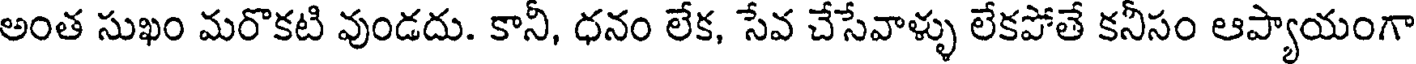
అంత సుఖం మరొకటి వుండదు. కానీ, ధనం లేక, సేవ చేసేవాళ్ళు లేకపోతే కనీసం ఆప్యాయంగా